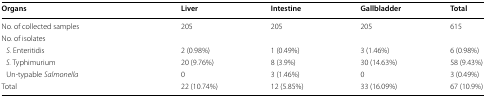
| <COLSPAN=2> Organs | Liver | Intestine | Gallbladder | Total |
 | --- | --- | --- | --- | --- | --- |
 | <COLSPAN=2> No. of collected samples | 205 | 205 | 205 | 615 |
 | <COLSPAN=6> No. of isolates |
 | <COLSPAN=2> S. Enteritidis | 2 (0.98%) | 1 (0.49%) | 3 (1.46%) | 6 (0.98%) |
 | <COLSPAN=2> S. Typhimurium | 20 (9.76%) | 8 (3.9%) | 30 (14.63%) | 58 (9.43%) |
 | <COLSPAN=2> Un-typable Salmonella | 0 | 3 (1.46%) | 0 | 3 (0.49%) |
 | <COLSPAN=2> Total | 22 (10.74%) | 12 (5.85%) | 33 (16.09%) | 67 (10.9%) |